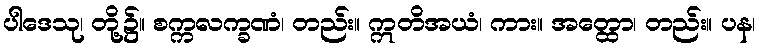
ပါဒေသု၊ တို့၌။ စက္ကလက္ခဏံ၊ တည်း။ ဣတိအယံ၊ ကား။ အတ္ထော၊ တည်း။ ပန၊